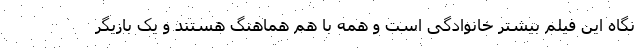
نگاه این فیلم بیشتر خانوادگی است و همه با هم هماهنگ هستند و یک بازیگر